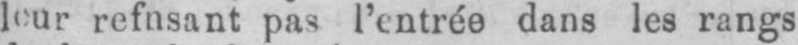
refnsant pas l’entrée dans les rangs